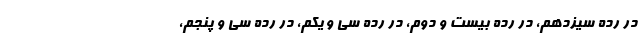
در رده سیزدهم، در رده بیست و دوم، در رده سی و یکم، در رده سی و پنجم،